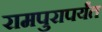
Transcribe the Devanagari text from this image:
रामपुरापर्यंत